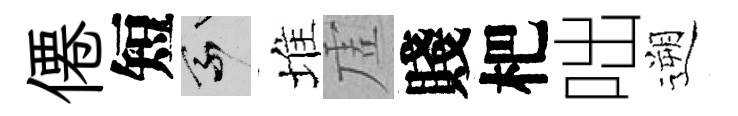
僊短乘堆虗賤杷咄遡